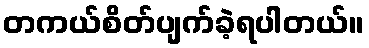
တကယ်စိတ်ပျက်ခဲ့ရပါတယ်။